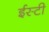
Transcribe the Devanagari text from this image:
ईस्टी